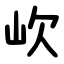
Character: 㰞